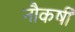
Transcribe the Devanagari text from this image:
नौकर्षी